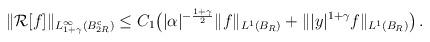
LaTeX: \begin{align*}\| \mathcal{R}[f] \|_{L^{\infty}_{1+\gamma} (B^{{\rm c}}_{2R})}\le C_1 \big( |\alpha|^{-\frac{1+\gamma}{2}} \| f \|_{L^1 (B_{R})} + \| |y|^{1+\gamma} f\|_{L^{1}(B_{R})} \big)\,.\end{align*}